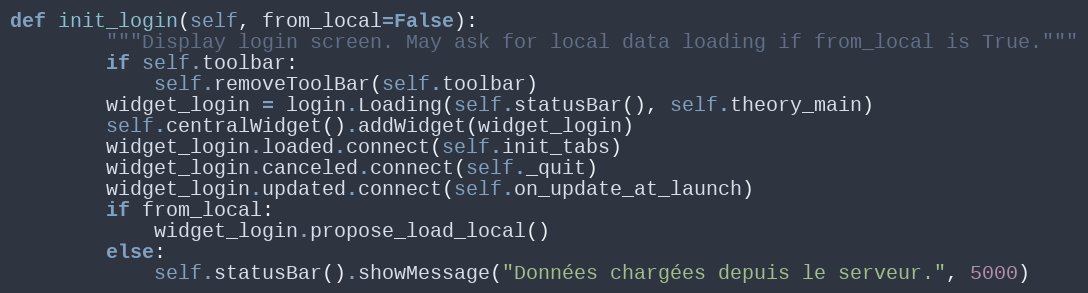
Language: Python
def init_login(self, from_local=False):
        """Display login screen. May ask for local data loading if from_local is True."""
        if self.toolbar:
            self.removeToolBar(self.toolbar)
        widget_login = login.Loading(self.statusBar(), self.theory_main)
        self.centralWidget().addWidget(widget_login)
        widget_login.loaded.connect(self.init_tabs)
        widget_login.canceled.connect(self._quit)
        widget_login.updated.connect(self.on_update_at_launch)
        if from_local:
            widget_login.propose_load_local()
        else:
            self.statusBar().showMessage("Données chargées depuis le serveur.", 5000)